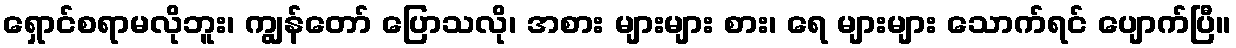
ရှောင်စရာမလိုဘူး၊ ကျွန်တော် ပြောသလို၊ အစား များများ စား၊ ရေ များများ သောက်ရင် ပျောက်ပြီ။